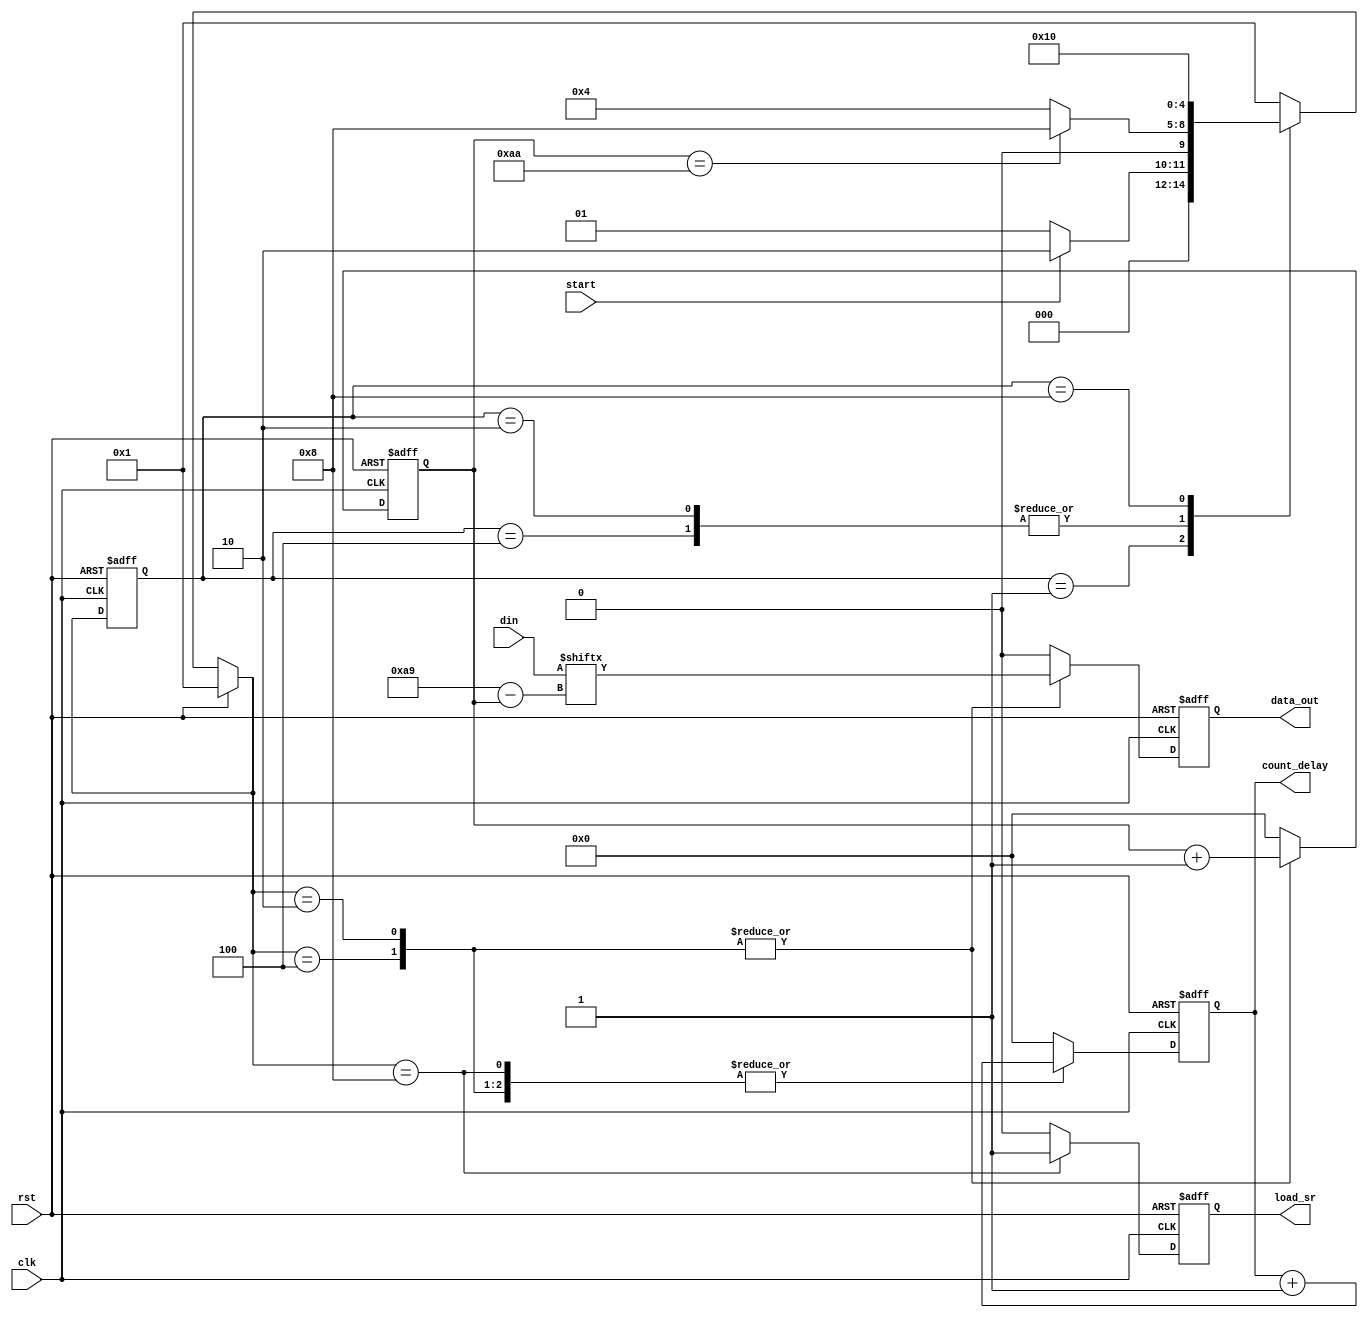
module SR_Control #(
    parameter DATA_WIDTH=170, //% @param width of data input
    parameter CNT_WIDTH=8, //% @param width of internal counter
    parameter SHIFT_DIRECTION=1 //% @param 1: MSB out first, 0: LSB out first
   ) (
    input [DATA_WIDTH-1:0] din, //% 170-bit data input to be sent out.
    input clk, //% control clock
    input rst, //% module reset
    input start, //% start signal
    output reg data_out, //% data sent to shift register
    output reg load_sr, //% load signal sent to shift register
    output reg [CNT_WIDTH-1:0] count_delay //% count signal sent to Clock_SR.v.
    );
    
reg [4:0] current_state_out, next_state_out;
reg [CNT_WIDTH-1:0] count;
parameter s0=5'b00001;
parameter s1=5'b00010;
parameter s2=5'b00100;
parameter s3=5'b01000;
parameter s4=5'b10000;

//assign clk_sr=~rst&&~clk||~rst&&clk&&load_sr;    

//state machine 1, used to send signals to SR
always@(posedge clk or posedge rst)
 begin
  if(rst)
   begin
   current_state_out<=s0;
   end
  else
   begin
   current_state_out<=next_state_out;
   end
 end  
  
always@(current_state_out or rst or start or count)
 begin
  if(rst)
   begin
    next_state_out=s0;
   end
  else
   begin
    case(current_state_out)
     s0:
       begin
        if(start) begin next_state_out=s1; end
        else begin next_state_out=s0; end
       end
     //s1: begin next_state_out=s2; end
     s1,s2:
       begin
        if(count==DATA_WIDTH) 
         begin
         next_state_out=s3;
         end
        else
         begin
         next_state_out=s2;
         end
       end
     s3:
       begin
       next_state_out=s4;
       end
     s4:
       begin
       next_state_out=s0;
       end
     default: next_state_out=s0;
    endcase
   end
 end

always@(posedge clk or posedge rst)
begin
 if(rst)
  begin
  count<=0;
  count_delay<=0;
  data_out<=1'b0;
  load_sr<=1'b0;
  end
 else
  begin
   case(next_state_out)
    s0:
      begin
      count<=0;
      count_delay<=0;
      data_out<=1'b0;
      load_sr<=1'b0;
      end
//    s1:
//      begin
//      count<=0;
//      data_out<=1'b0;
//      load_sr<=1'b0;
//      end
    s1,s2:
      begin
       count<=count+1'b1;
       count_delay<=count_delay+1'b1;
       if(SHIFT_DIRECTION)
        begin
        data_out<=din[DATA_WIDTH-1-count];
        end
       else
        begin
        data_out<=din[count];
        end
       load_sr<=1'b0;
      end
    s3:
      begin
      count<=0;
      count_delay<=count_delay+1'b1;
      data_out<=1'b0;
      load_sr<=1'b1;
      end
    s4:
      begin
      count<=0;
      count_delay<=0;
      data_out<=1'b0;
      load_sr<=1'b0;
      end
    default:
      begin
      count<=0;
      count_delay<=0;
      data_out<=1'b0;
      load_sr<=1'b0;
      end
   endcase
  end
end

endmodule